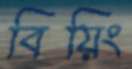
বিয়িং